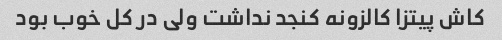
کاش پیتزا کالزونه کنجد نداشت ولی در کل خوب بود